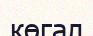
көгал